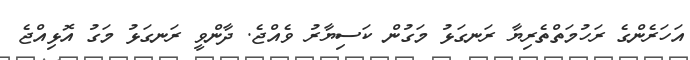
އަހަރެންގެ ރަހުމަތްތެރިޔާ ރަނގަޅު މަގުން ކަސިޔާރު ވެއްޖެ. ދާންވީ ރަނގަޅު މަގު އޮޅިއްޖެ